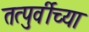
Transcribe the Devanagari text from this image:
तत्पुर्वीच्या